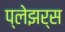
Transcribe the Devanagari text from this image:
प्लेझर्स